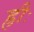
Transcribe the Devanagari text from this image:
ह्रीः